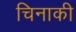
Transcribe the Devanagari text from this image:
चिनाकी